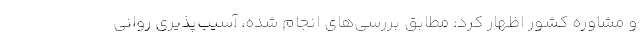
و مشاوره کشور اظهار کرد: مطابق بررسی‌های انجام شده، آسیب‌پذیری روانی